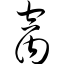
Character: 窝